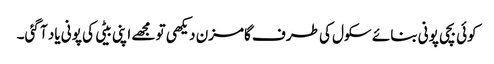
کوئی بچی پونی بنائے سکول کی طرف گامزن دیکھی تو مجھے اپنی بیٹی کی پونی یاد آ گئی۔